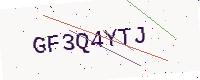
Text: GF3Q4YTJ